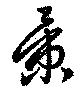
景